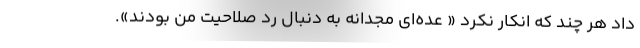
داد هر چند که انکار نکرد « عده‌ای مجدانه به دنبال رد صلاحیت من بودند».